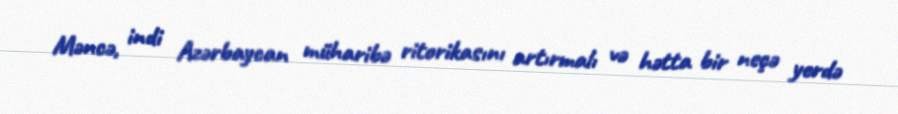
Məncə, indi Azərbaycan müharibə ritorikasını artırmalı və hətta bir neçə yerdə